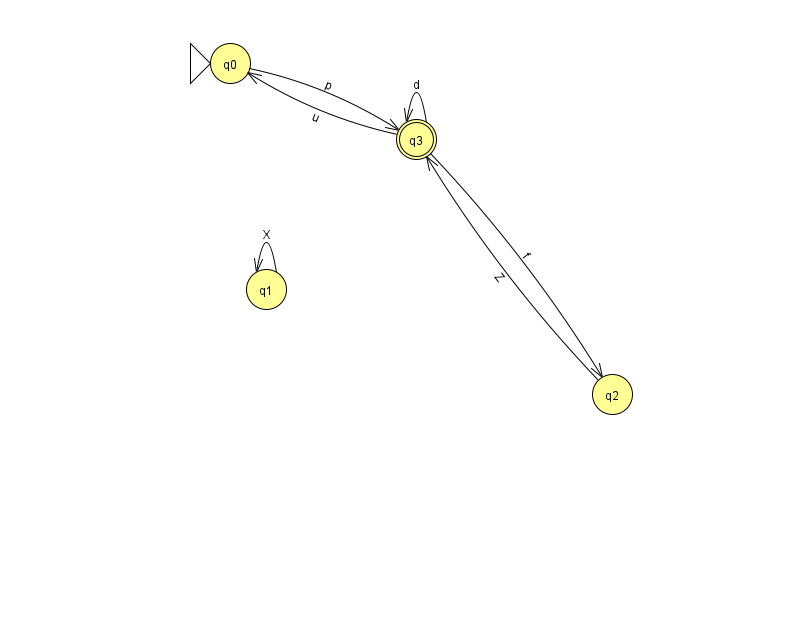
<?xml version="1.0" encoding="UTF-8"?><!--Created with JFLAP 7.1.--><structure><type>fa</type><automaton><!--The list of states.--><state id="0" name="q0"><x>230.0</x><y>50.0</y><initial/></state><state id="1" name="q1"><x>266.0</x><y>276.0</y></state><state id="2" name="q2"><x>612.0</x><y>381.0</y></state><state id="3" name="q3"><x>416.0</x><y>126.0</y><final/></state><!--The list of transitions.--><transition><from>3</from><to>0</to><read>u</read></transition><transition><from>2</from><to>3</to><read>Z</read></transition><transition><from>3</from><to>3</to><read>d</read></transition><transition><from>0</from><to>3</to><read>p</read></transition><transition><from>1</from><to>1</to><read>X</read></transition><transition><from>3</from><to>2</to><read>f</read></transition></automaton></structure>